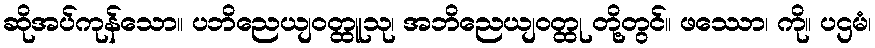
ဆိုအပ်ကုန်သော။ ပဘိညေယျဝတ္ထူသု၊ အဘိညေယျဝတ္ထု တို့တွင်။ ဖဿော၊ ကို။ ပဌမံ၊